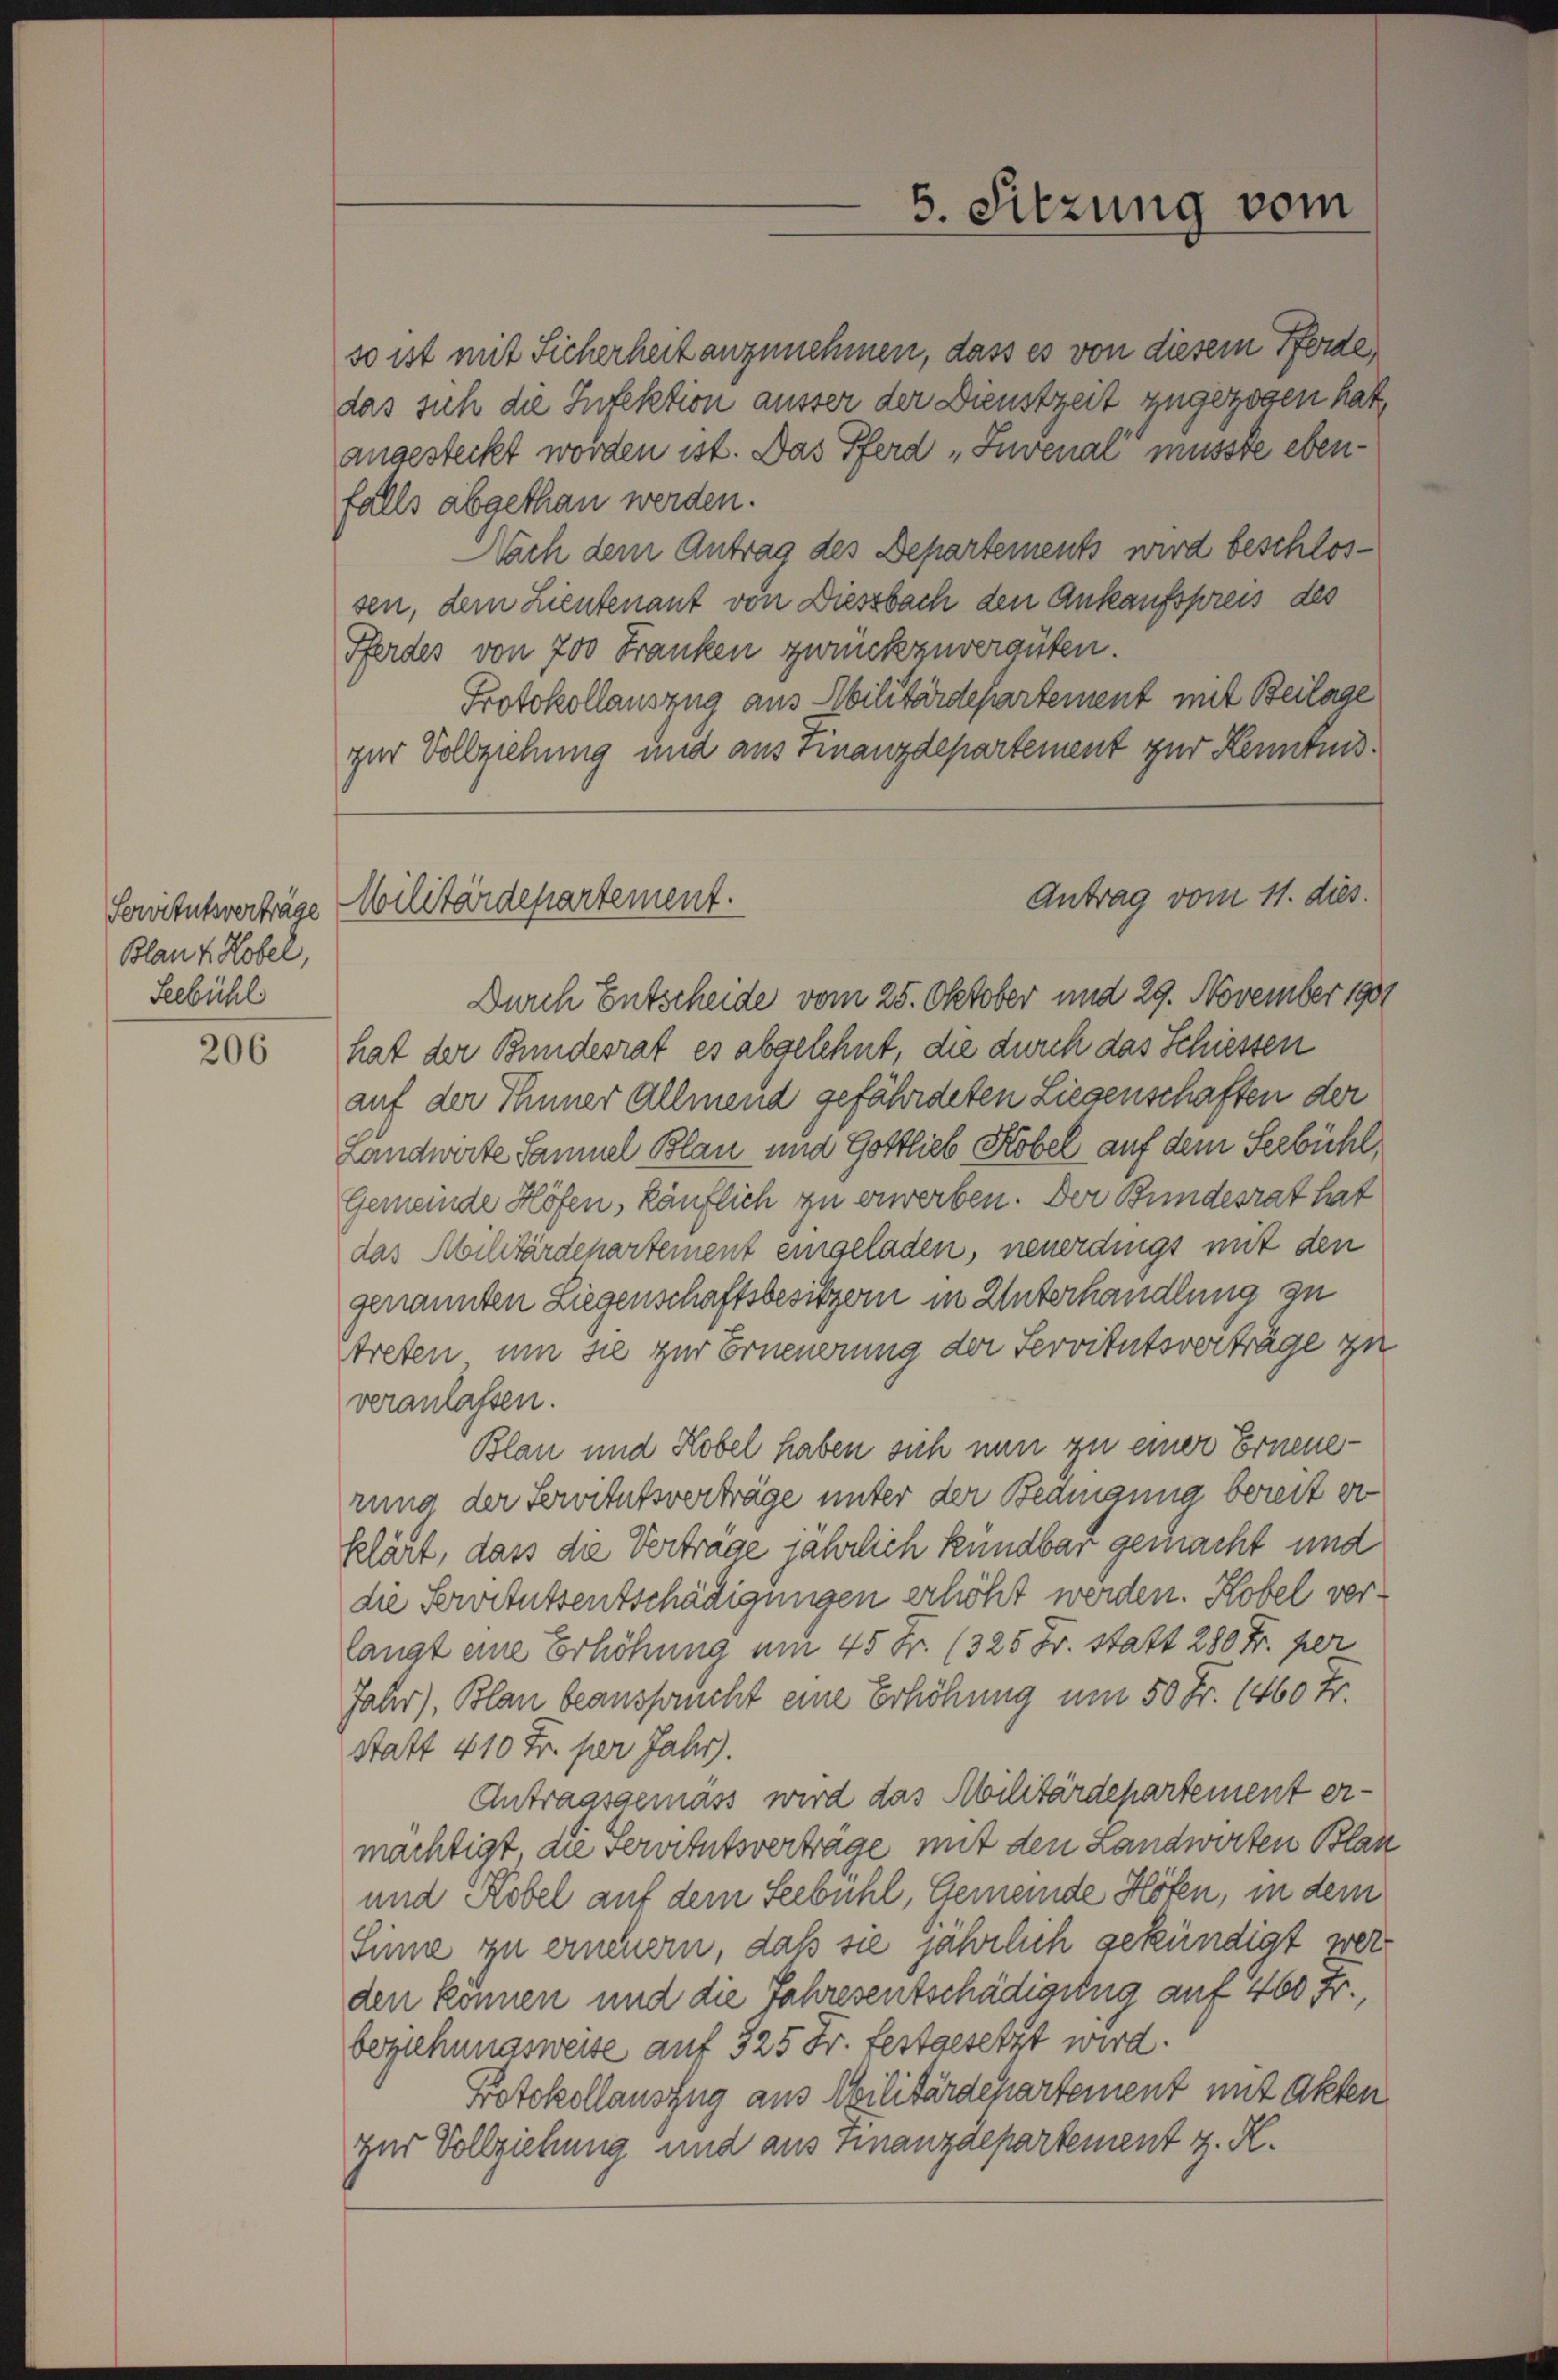
Servitutsverträge
Blank. Hobel,
Feebühl

206

so ist mit Sicherheit anzunehmen, dass es von diesem Pferde,
das sich die Infektion ausser der Dienstzeit zugezogen hat,
angesteckt worden ist. Das Pferd „Invenal müsste ebenfalls abgethan werden.
ach dem Antrag des Departements wird beschlossen, dem Lieutenant von Diessbach den Ankaufspreis des
Pferdes von 700 Franken zurückzuvergüten.
Protokollauszug aus Abilitärdepartement mit Beilage
zur Vollziehung und aus Finanzdepartement zur Kenntnis¬
Durch Entscheide vom 25. Oktober und 29. November 1901
hat der Bundesrat es abgelehnt, die durch das Schiessen
auf der Thuner Allmend gefährdeten Liegenschaften der
Landwerte Sammel Blau und Gottlieb Köbel auf dem Seebühl,
Gemeinde Höfen, käuflich zu erwerben. Der Bundesrat hat
das Abilitärdepartement eingeladen, neuerdings mit den
genannten Liegenschaftsbesitzern in Unterhandlung zu
treten, um sie zur Erneuerung der Servitutsverträge zu
veranlassen.
Blan und Kobel haben sich nun zu einer Erneuerung der Servitutsverträge unter der Beamgung bereit erklärt, dass die Verträge jährlich kündbar gemacht und
die Servitutsentschädigungen erhöht werden. Kobel verlangt eine Erhöhung um 45 Fr. (325 Fr. statt 280 Fr. per
Jahr), Blan beansprucht eine Erhöhung um 50 Fr. 1460 Fr.
Statt 410 Fr. per Jahr).
Antragsgemäss wird das Abilitärdepartement ermächtigt die Servitutsverträge mit den Landwerten Blan
und Köbel auf dem Seebühl, Gemeinde Höfen, in dem
Sinne zu erneuern, daß sie jährlich gekündigt werden können und die Jahresentschädigung auf 400 Fr.
beziehungsweise auf 325 Fr. festgesetzt wird.
Protokollauszug aus Militärdchartement mit Akten
zur Vollziehung und aus Finanzdepartement z. R.

Militärdepartement.

5. Sitzung vom

Antrag vom 11. dies